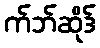
က်ဘ်ဆိုဒ်